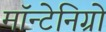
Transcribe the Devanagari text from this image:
मॉन्टेनिग्रो